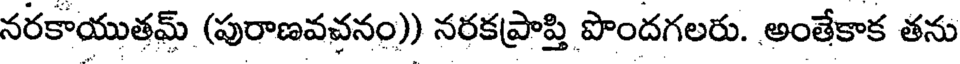
నరకాయుతమ్ (పురాణవచనం)) నరకప్రాప్తి పొందగలరు. అంతేకాక తను